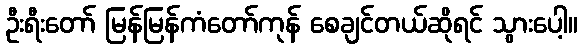
ဦးရီးတော် မြန်မြန်ကံတော်ကုန် စေချင်တယ်ဆိုရင် သွားပေါ့။